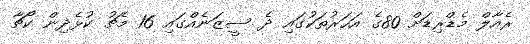
ރެއާލް މެޑްރިޑަށް 80ގެ އަހަރުތަކުގައި ދެ ސީޒަނެއްގައި 16 މެޗު ކުޅެދިން ކޯޗާ